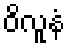
ဝိလူနံ